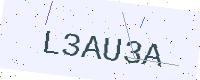
Text: L3AU3A